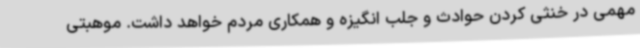
مهمی در خنثی کردن حوادث و جلب انگیزه و همکاری مردم خواهد داشت. موهبتی